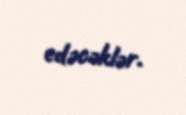
edəcəklər.